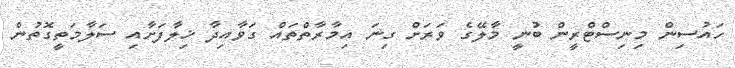
ހައުސިން މިނިސްޓްރީން ބުނީ މާލޭގެ ވަރަށް ގިނަ އިމާރާތްތައް ގަވާއިދާ ޚިލާފަށާއި ސަލާމަތީގޮތުން